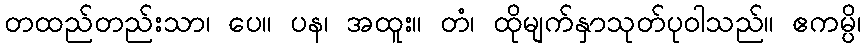
တထည်တည်းသာ၊ ပေ။ ပန၊ အထူး။ တံ၊ ထိုမျက်နှာသုတ်ပုဝါသည်။ ဧကမ္ပိ၊